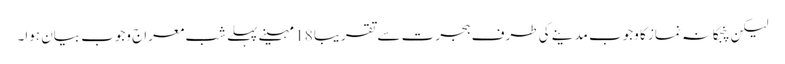
لیکن پنجگانہ نماز کا وجوب مدینے کی طرف ہجرت سے تقریبا 18 مہینے پہلے شب معراج وجوب بیان ہوا۔